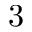
3